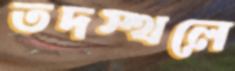
তদস্থলে